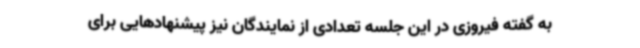
به گفته فیروزی در این جلسه تعدادی از نمایندگان نیز پیشنهادهایی برای